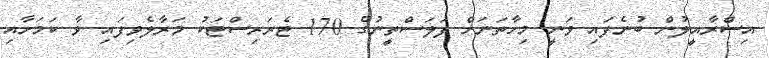
އިސްރާއީލުން ބުނެފައި ވަނީ މިހާތަނަށް ފަލަސްތީނުގެ 170 ޓެރަރިސްޓަކު މަރާލެވިފައި ވާ ކަމަށާއި